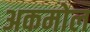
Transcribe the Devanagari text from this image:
अकमोल